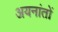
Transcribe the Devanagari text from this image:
अयनांतों